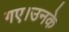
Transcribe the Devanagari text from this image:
गए।उनके